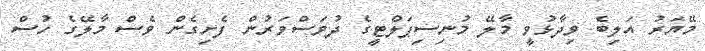
މޭޔަރު އަލިބެ ވިދާޅުވީ މާލޭ މުނިސިޕަލްޓީގެ ދުވަސްވަރުން ފެށިގެން ވެސް މާލޭގެ ހުސް